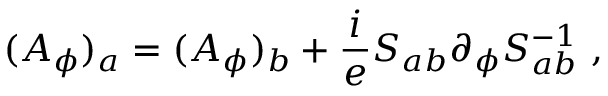
( A _ { \phi } ) _ { a } = ( A _ { \phi } ) _ { b } + \frac i e S _ { a b } \partial _ { \phi } S _ { a b } ^ { - 1 } \ ,